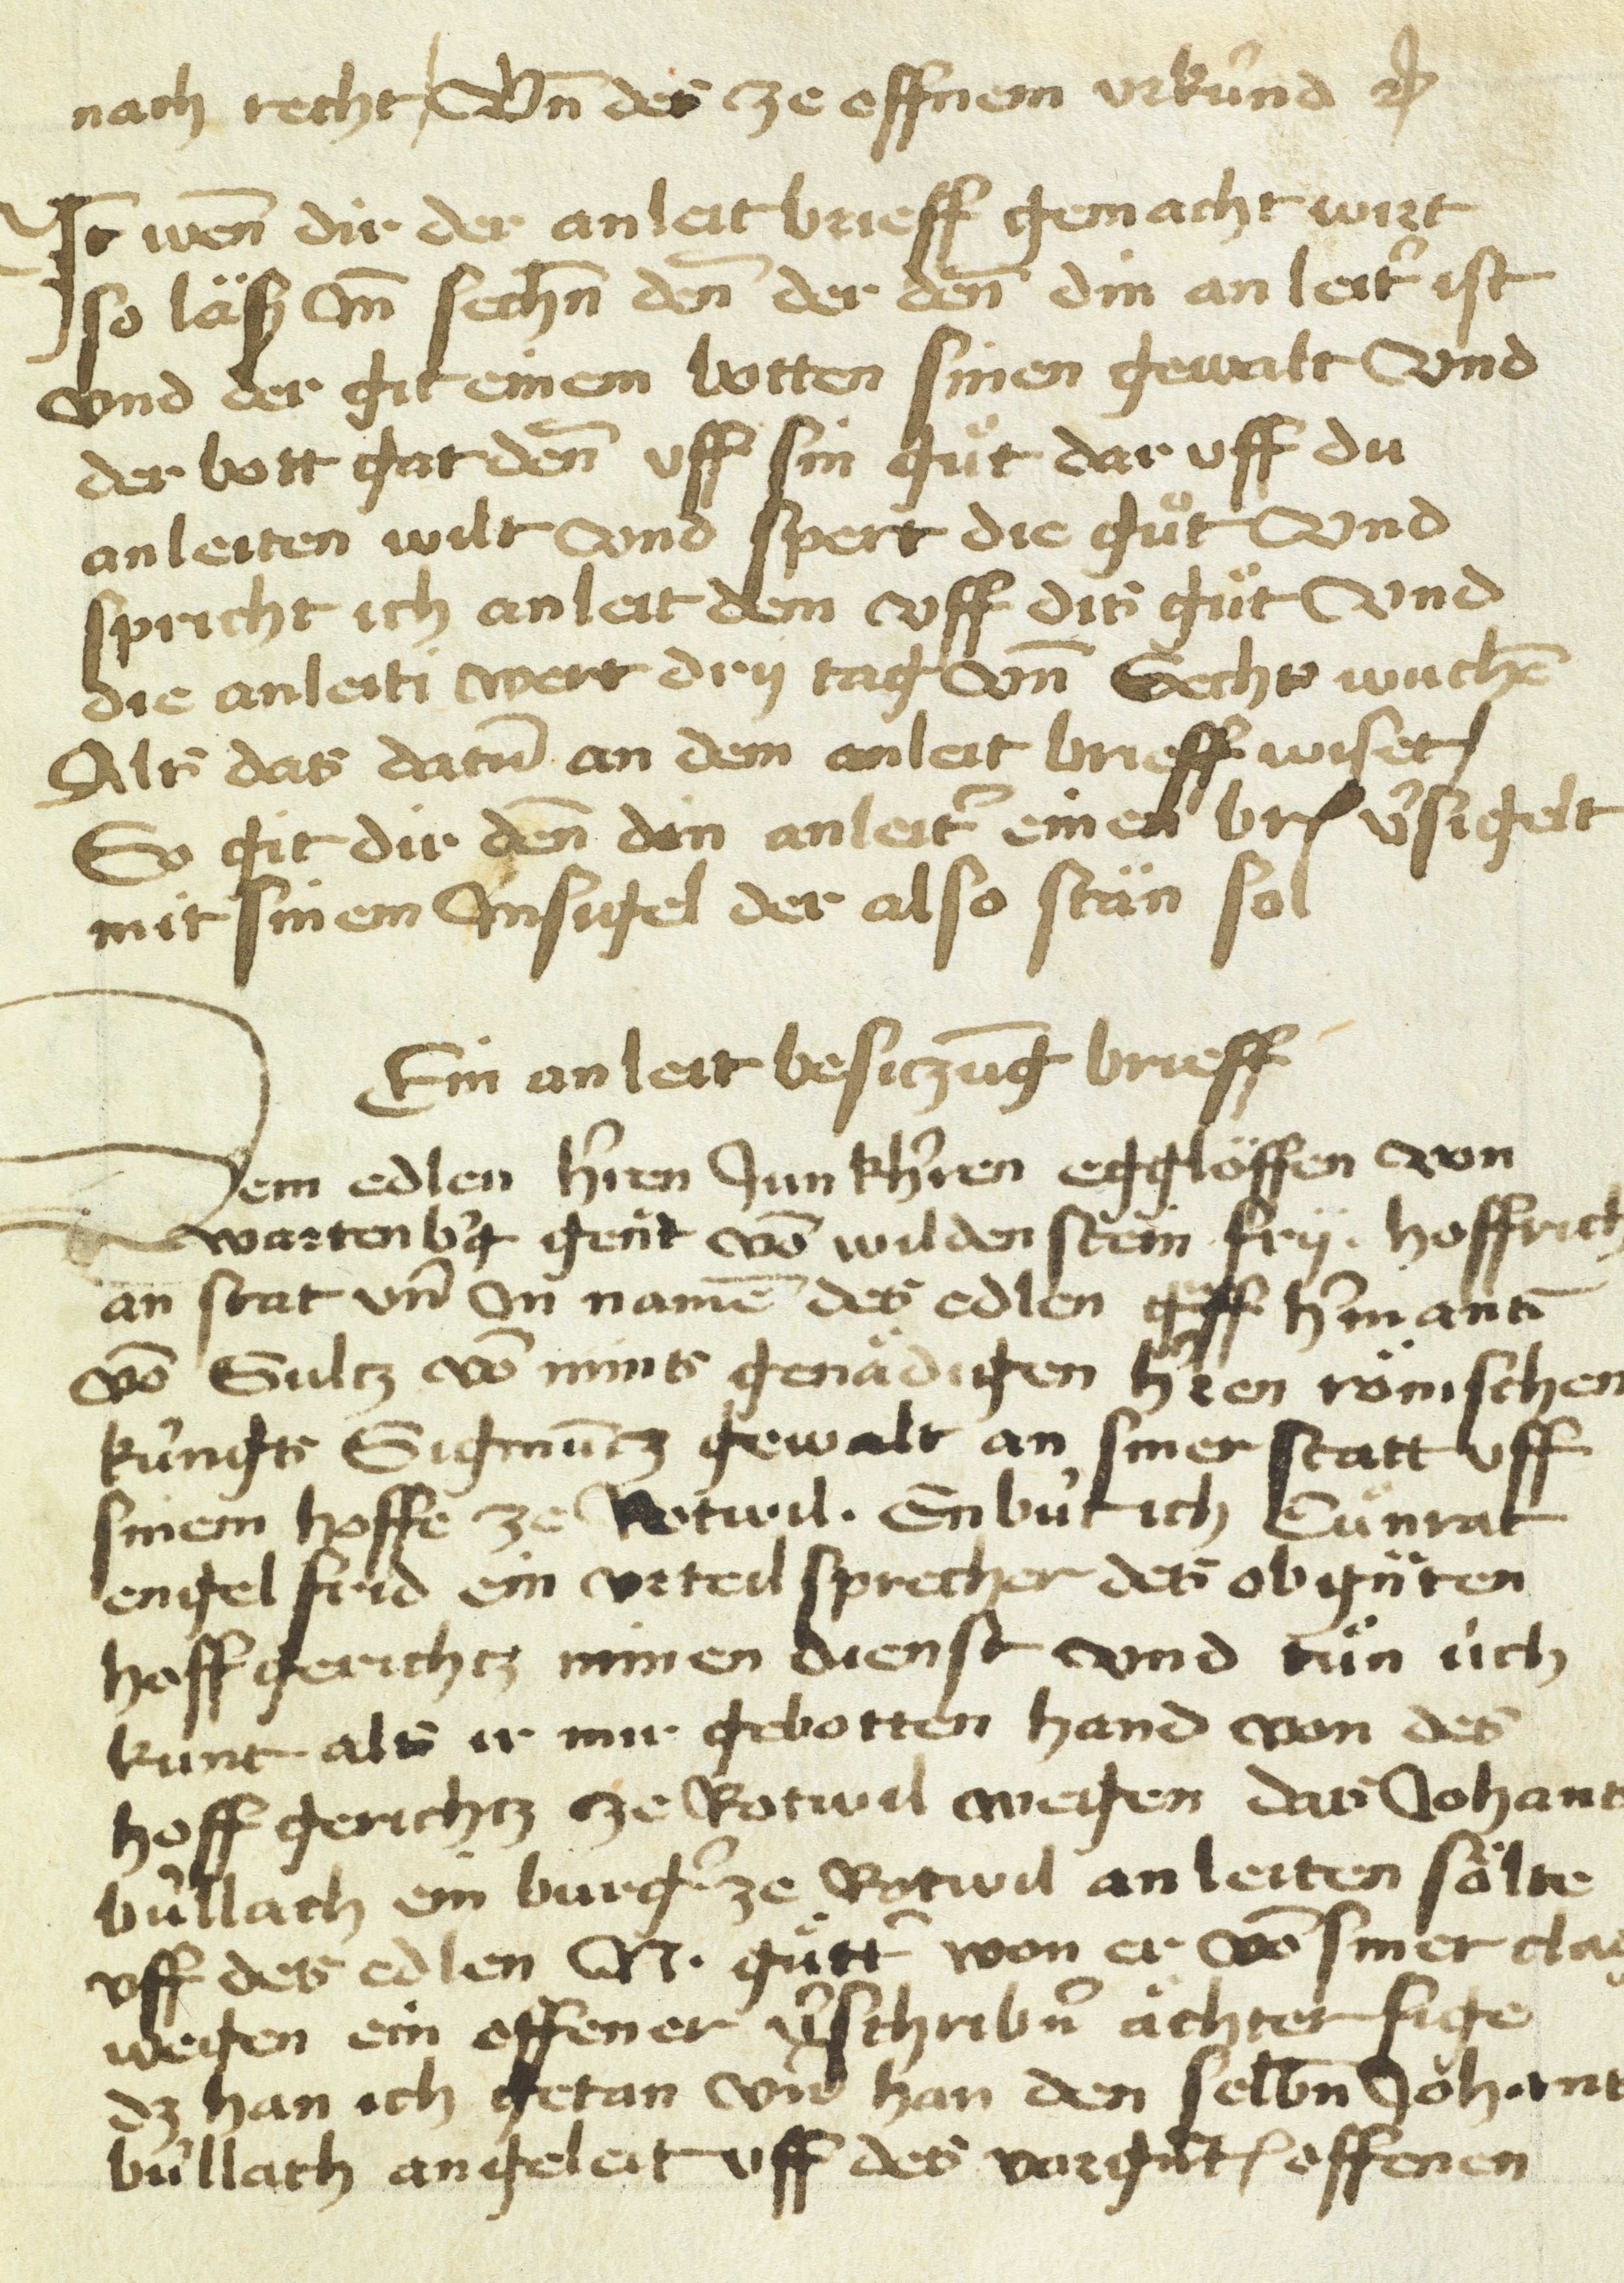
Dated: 1450–1499